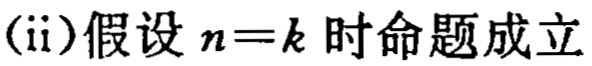
(ii)假设 \(n = k\) 时命题成立